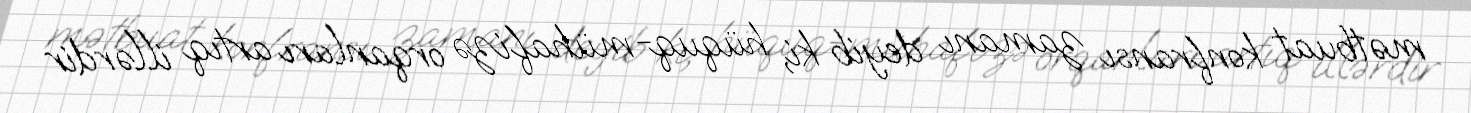
mətbuat konfransı zamanı deyib ki, hüquq-mühafizə orqanları artıq illərdir